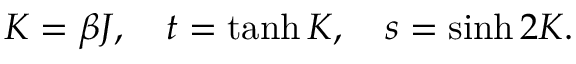
K = \beta J , \quad t = \operatorname { t a n h } K , \quad s = \sinh 2 K .